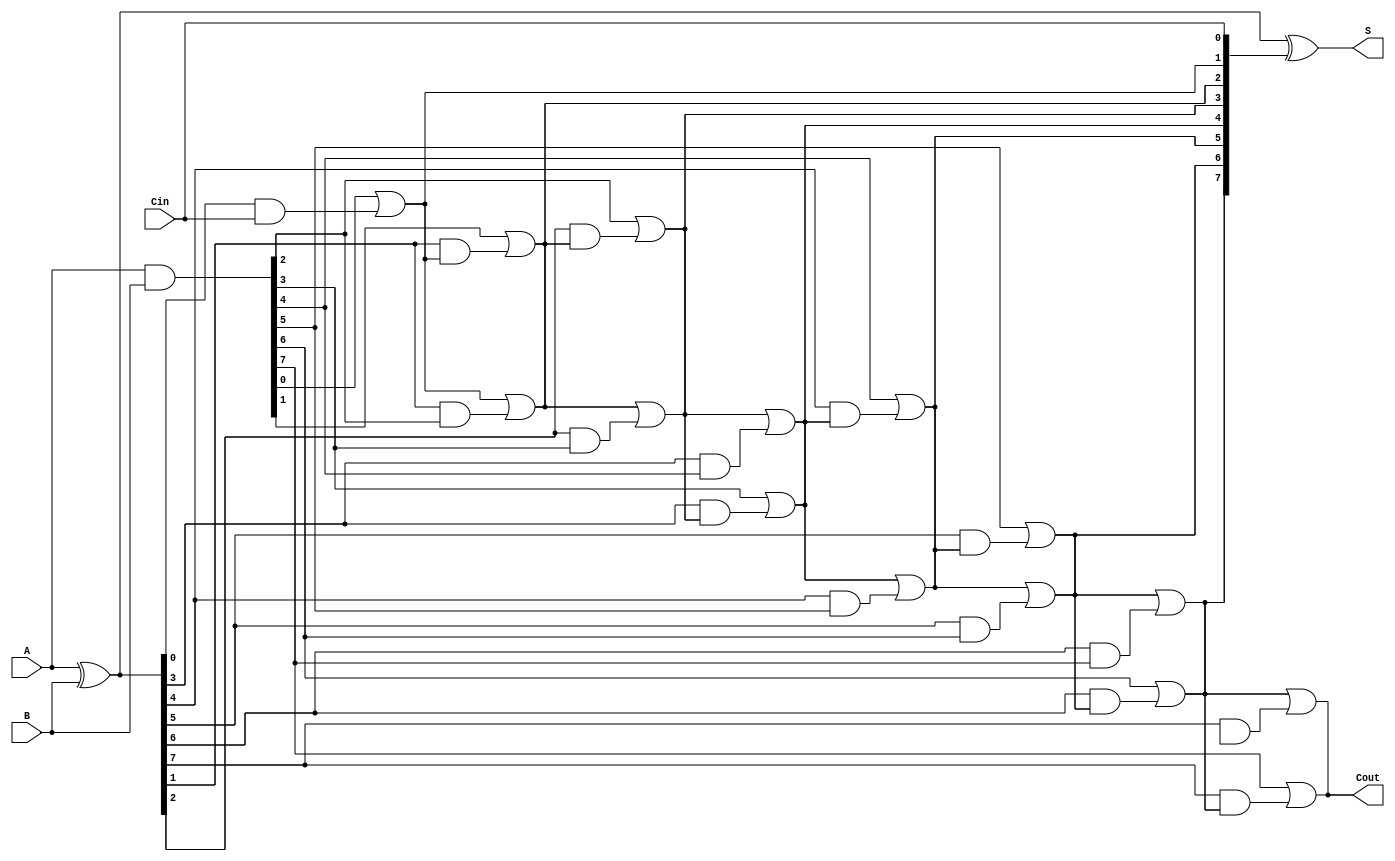
module ParallelPrefixAdder #(
    parameter N = 8 // Width of the input binary numbers
)(
    input  [N-1:0] A,     // First operand
    input  [N-1:0] B,     // Second operand
    input         Cin,     // Carry-in
    output [N-1:0] S,      // Sum output
    output        Cout      // Carry-out
);

    // Generate and Propagate signals
    wire [N-1:0] G; // Generate
    wire [N-1:0] P; // Propagate
    wire [N:0] C;    // Carry signals

    // Generate and Propagate calculations
    assign G = A & B;          // G[i] = A[i] & B[i]
    assign P = A ^ B;          // P[i] = A[i] ^ B[i]

    // Carry signal initialization
    assign C[0] = Cin;         // C[0] = Cin

    // Kogge-Stone carry generation
    genvar i, j;
    generate
        // First level of carry generation
        for (i = 0; i < N; i = i + 1) begin : gen_first_level
            if (i == 0) begin
                assign C[i + 1] = G[i] | (P[i] & C[i]); // C[1] = G[0] | (P[0] & C[0])
            end else begin
                assign C[i + 1] = G[i] | (P[i] & C[i]); // C[i + 1] = G[i] | (P[i] & C[i])
            end
        end

        // Higher levels of carry generation
        for (j = 1; j < N; j = j + 1) begin : gen_higher_levels
            for (i = 0; i < N - j; i = i + 1) begin : gen_inner
                assign C[i + j + 1] = C[i + j] | (P[i + j] & G[i + j + 1]);
            end
        end
    endgenerate

    // Sum calculation
    assign S = P ^ C[N-1:0]; // S[i] = P[i] ^ C[i]

    // Carry-out
    assign Cout = C[N]; // Cout = C[n]

endmodule